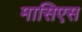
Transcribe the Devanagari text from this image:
मासिएस